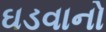
ઘડવાનો